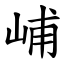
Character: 峬